Civil Veterinary Department Bihar & Orissa reports 1922-29 - 1922-1929
Year: 1922
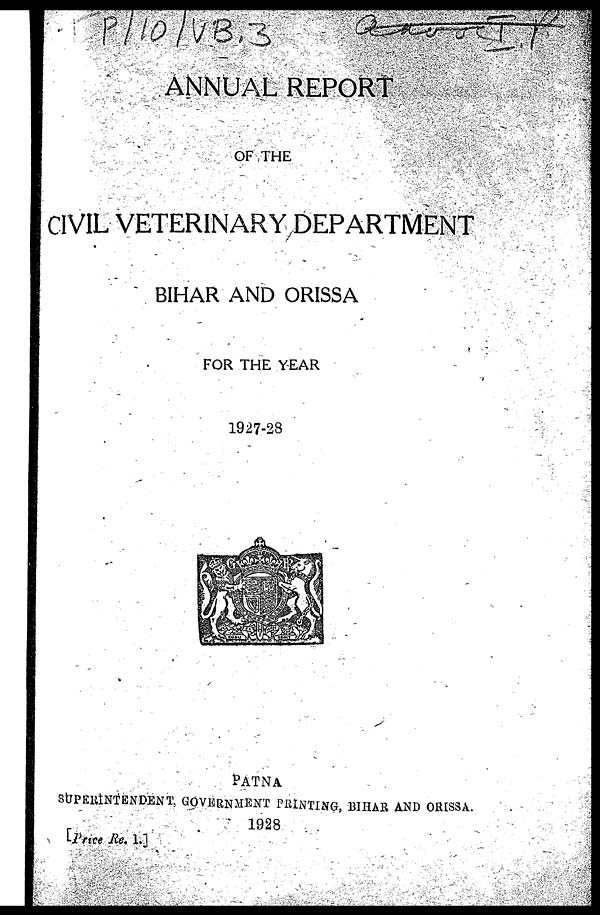
ANNUAL REPORT
OF THE
CIVIL VETERINARY DEPARTMENT
BIHAR AND ORISSA
FOR THE YEAR
1927-28
PATNA
SUPERINTENDENT. GOVERNMENT PRINTING, BIHAR AND ORISSA.
1928
[Price Rs 1.]